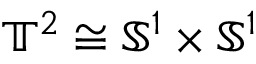
{ \mathbb T } ^ { 2 } \cong { \mathbb S } ^ { 1 } \times { \mathbb S } ^ { 1 }